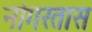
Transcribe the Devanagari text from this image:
नांगरतास